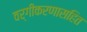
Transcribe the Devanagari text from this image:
वर्गीकरणासहित